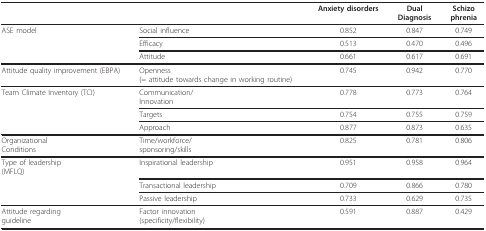
|  |  | Anxiety disorders | DualDiagnosis | Schizophrenia |
 | --- | --- | --- | --- | --- |
 | ASE model | Social influence | 0.852 | 0.847 | 0.749 |
 |  | Efficacy | 0.513 | 0.470 | 0.496 |
 |  | Attitude | 0.661 | 0.617 | 0.691 |
 | Attitude quality improvement (EBPA) | Openness(= attitude towards change in working routine) | 0.745 | 0.942 | 0.770 |
 | Team Climate Inventory (TCI) | Communication/Innovation | 0.778 | 0.773 | 0.764 |
 |  | Targets | 0.754 | 0.755 | 0.759 |
 |  | Approach | 0.877 | 0.873 | 0.635 |
 | OrganizationalConditions | Time/workforce/sponsoring/skills | 0.825 | 0.781 | 0.806 |
 | Type of leadership(MFLQ) | Inspirational leadership | 0.951 | 0.958 | 0.964 |
 |  | Transactional leadership | 0.709 | 0.866 | 0.780 |
 |  | Passive leadership | 0.733 | 0.629 | 0.735 |
 | Attitude regardingguideline | Factor innovation(specificity/flexibility) | 0.591 | 0.887 | 0.429 |